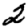
Digit: 2